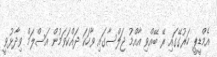
އެމްޑީޕީ ހަރުގޭގައި ރޭ ބޭއްވި އާއްމު ޖަލްސާގައި ވާހަކަ ދައްކަވަމުން އަސްލަމް ވިދާޅުވީ